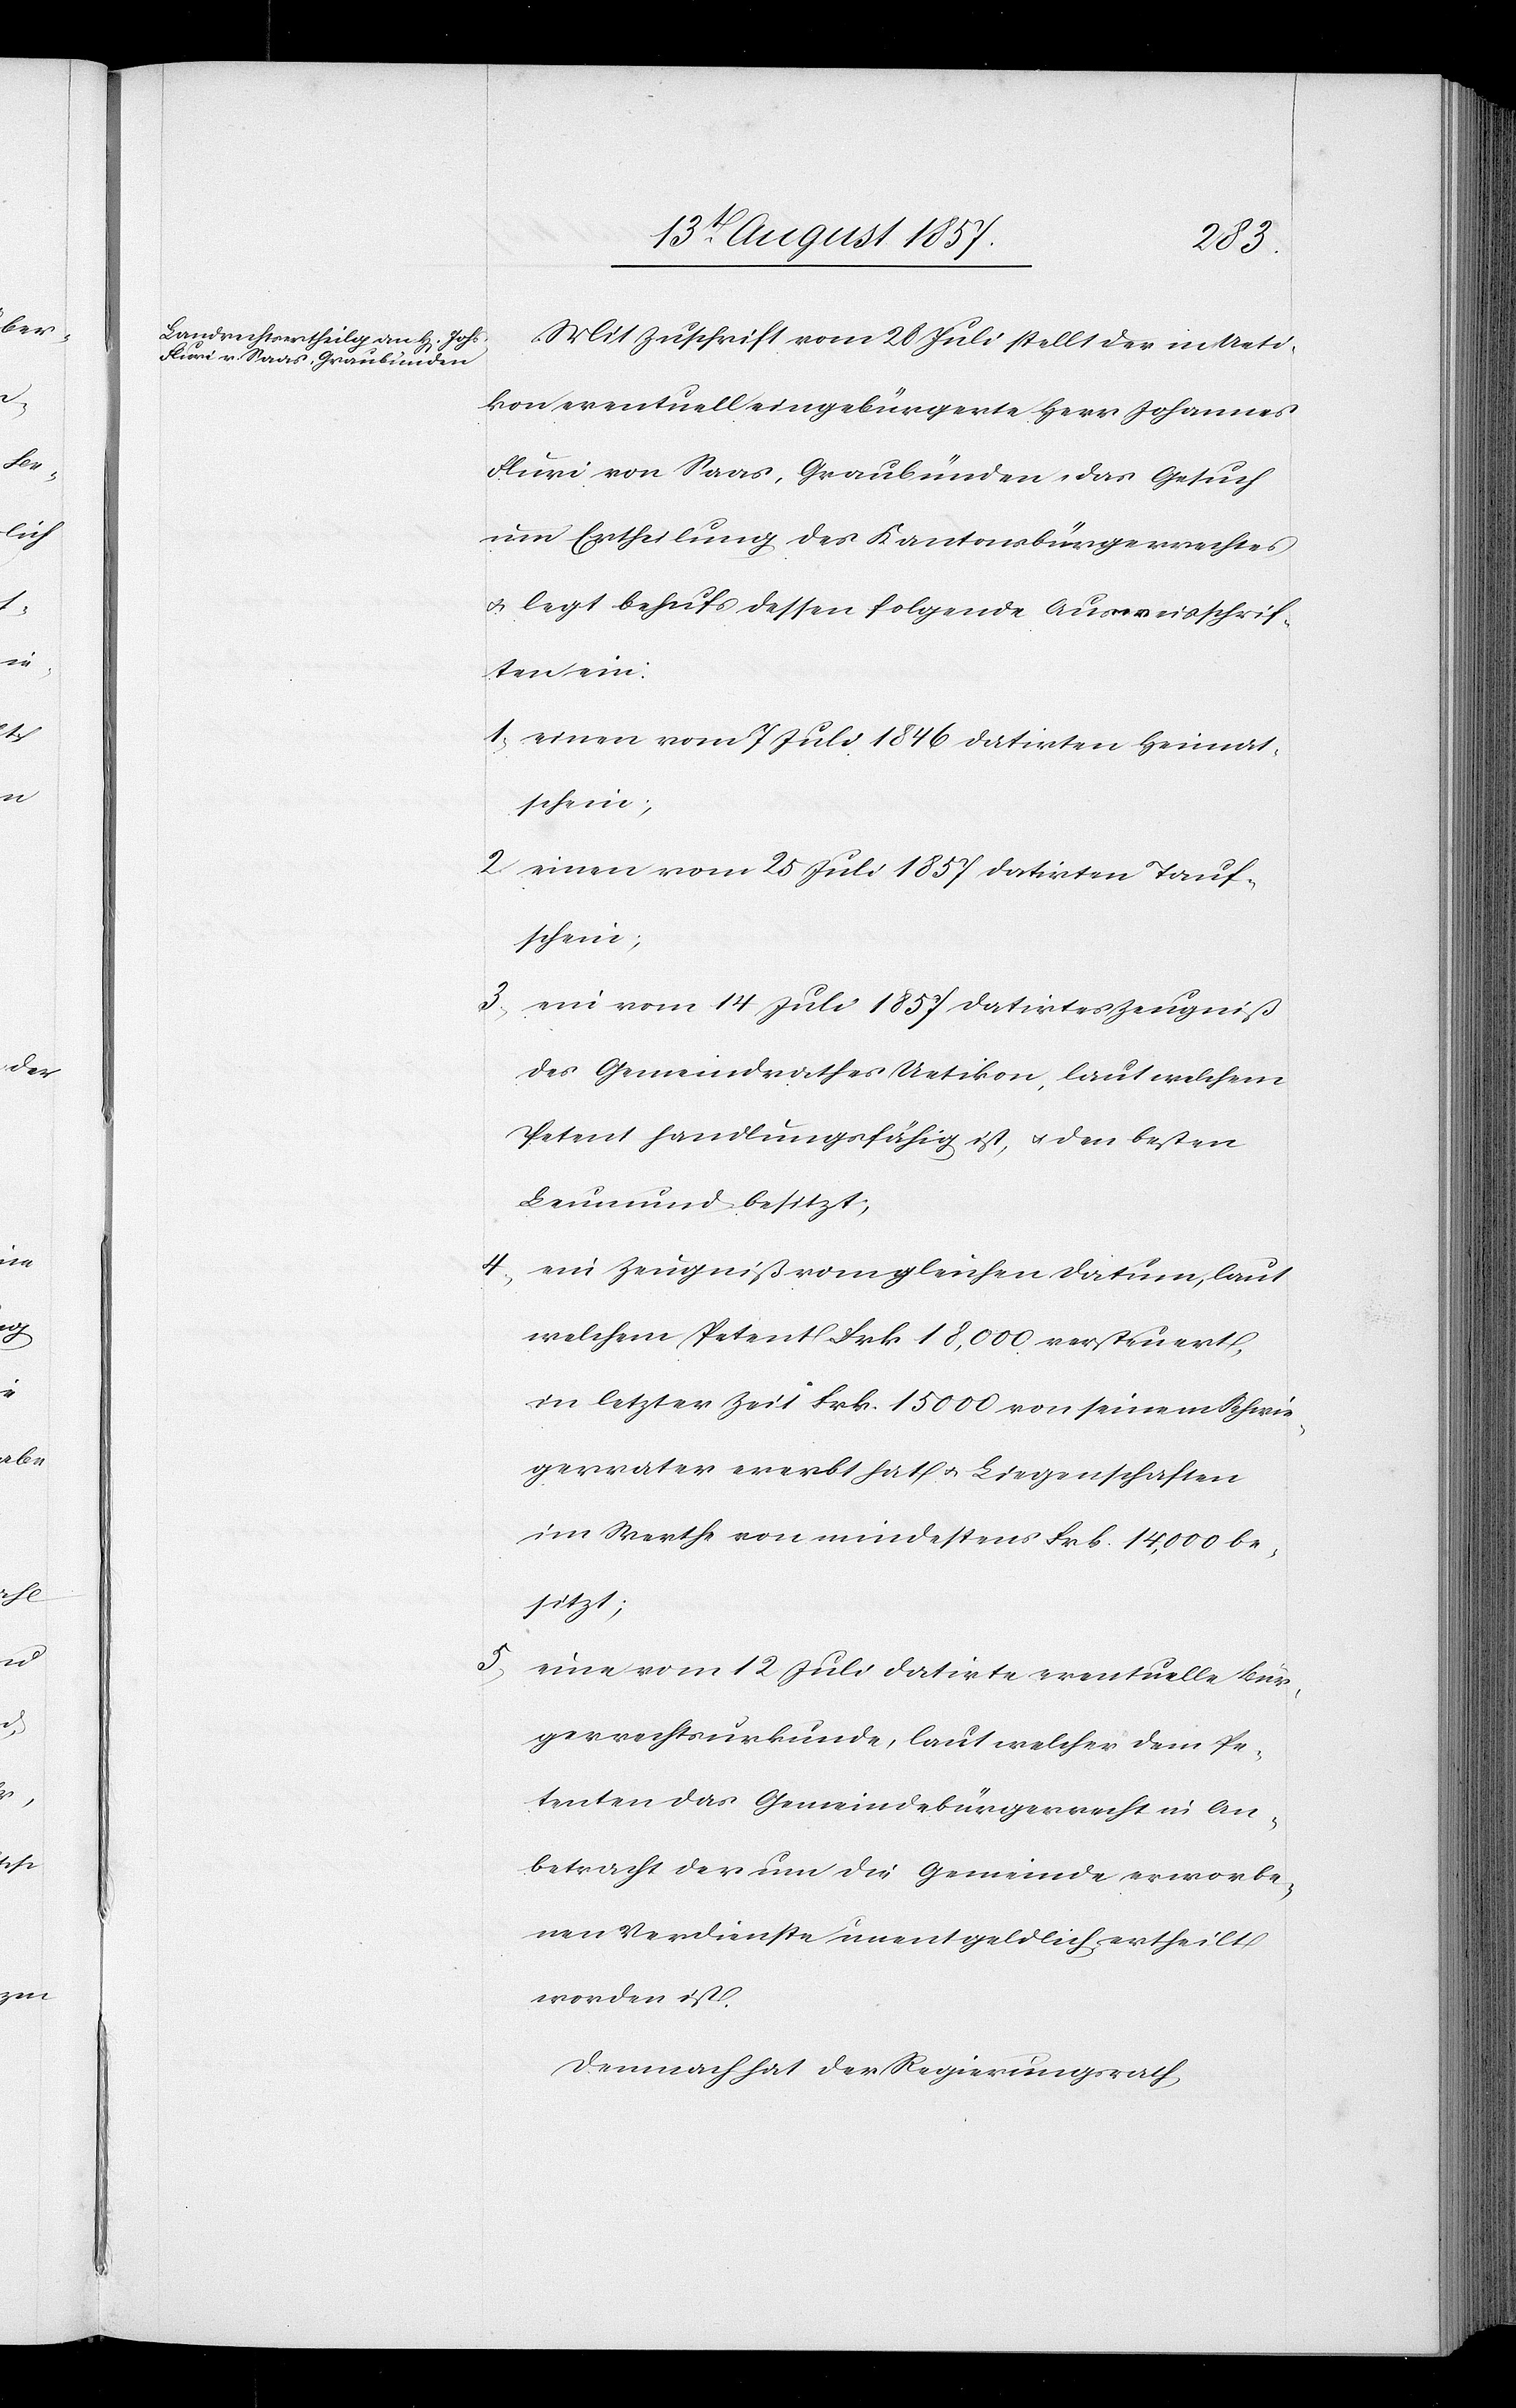
Mit Zuschrift vom 26 Juli stellt der in Ueti¬
kon eventuell eingebürgerte Herr Johannes
Fluri von Saas, Graubünden das Gesuch
um Ertheilung des Kantonsbürgerrechtes
u. legt behufs dessen folgende Ausweisschrif¬
ten ein:
1. einen vom 7 Juli 1846 datirten Heimat¬
schein;
2. einen vom 25 Juli 1857 datirten Tauf¬
schein;
5.
ein vom 14 Juli 1857 datirtes Zeugniß
des Gemeindrathes Uetikon, laut welchem
Petent handlungsfähig ist, & den besten
Leumund besitzt;
4. ein Zeugniß vom gleichen Datum, laut
welchem Petent Frk. 18,000 versteuert,
in letzter Zeit Frk. 15 000 von seinem Schweiz¬
ervater ererbt hat & Liegenschaften
im Werth von mindestens Frk. 14,000 be¬
sitzt;
eine vom 12 Juli datirte eventuelle Bür¬
gerrechtsurkunde, laut welcher dem Pe¬
tenten das Gemeindsbürgerrecht in An¬
betracht der um die Gemeinde erworbe¬
nen Verdienste unentgeldlich ertheilt
worden ist.
Demnach hat der Regierungsrath,